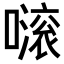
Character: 𡁺